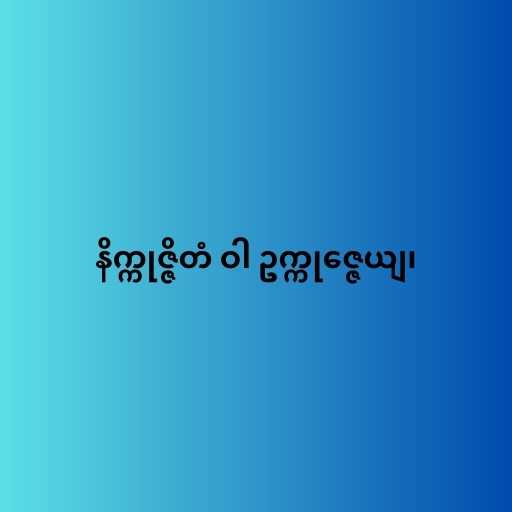
နိက္ကုဇ္ဇိတံ ဝါ ဥက္ကုဇ္ဇေယျ၊